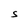
Character: S